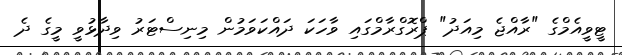
ޓީވީއެމްގެ "ރާއްޖެ މިއަދު" ޕްރޮގްރާމްގައި ވާހަކަ ދައްކަވަމުން މިނިސްޓަރު ވިދާޅުވީ މީގެ ދެ